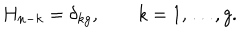
H _ { n - k } = \delta _ { k g } , \qquad k = 1 , \ldots , g .